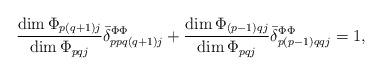
LaTeX: \begin{align*}\frac{\dim \Phi_{p(q+1)j}}{\dim \Phi_{pqj}} \Bar{\delta}^{\Phi\Phi}_{ppq(q+1)j} + \frac{\dim \Phi_{(p-1)qj}}{\dim \Phi_{pqj}} \Bar{\delta}^{\Phi\Phi}_{p(p-1)qqj} = 1,\end{align*}